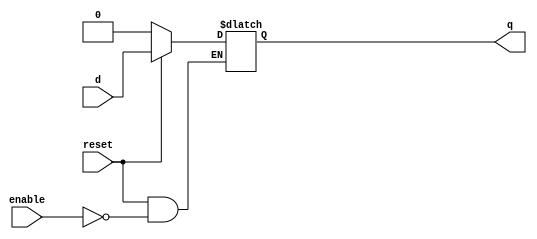
module d_latch(d,enable,reset,q);
input d,enable,reset;
output reg q;
always @ (enable or reset or d)
if (!reset)
q <= 0;
else
if (enable)
q <= d;
endmodule


module d_latch_tb;
reg d;
reg enable;
reg reset;
reg [1:0] t1;
reg [1:0] t2;
integer i;
d_latch d1 (d,enable,reset,q);
initial begin
$dumpfile("d_latch.vcd");
$dumpvars(0, d_latch_tb);
d <= 0; enable <= 0; reset <= 0;
#5 reset <= 1;
for (i = 0; i < 10; i=i+1) begin
t1 = $random;
t2 = $random;
#(t1) enable <= ~enable;
#(t2) d <= i;
end
end
endmodule